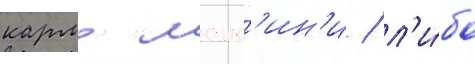
кармо манс'ин'и / л'и́бо